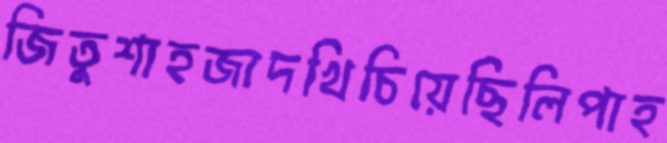
জিতুশাহজাদখিচিয়েছিলিপাহ